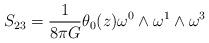
LaTeX: \begin{align*}S_{23}= \frac{1}{8{\pi}G} {\theta}_{0}(z) {\omega}^{0} \wedge {\omega}^{1} \wedge {\omega}^{3}\end{align*}